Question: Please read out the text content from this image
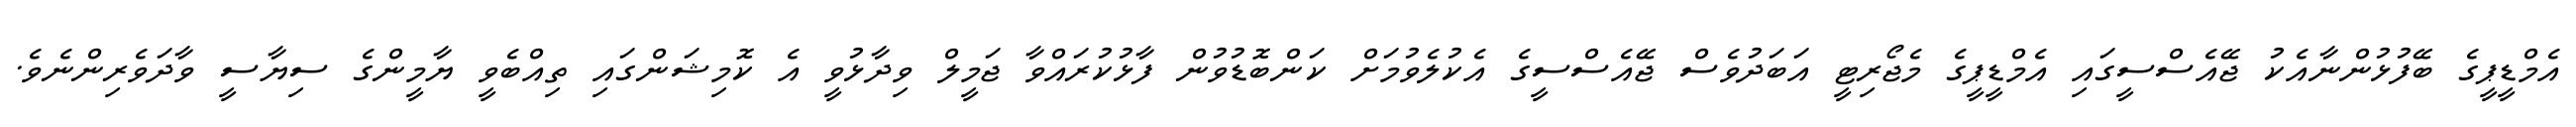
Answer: އެމްޑީޕީގެ ބޭފުޅުންނާއެކު ޖޭއެސްސީގައި އެމްޑީޕީގެ މެޖޯރިޓީ އަބަދުވެސް ޖޭއެސްސީގެ އެކުލެވުމަށް ކަންބޮޑުވުން ފާޅުކުރައްވާ ޖަމީލް ވިދާޅުވީ އެ ކޮމިޝަންގައި ތިއްބެވީ ޔާމީންގެ ސިޔާސީ ވާދަވެރިންނެވެ.